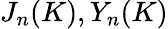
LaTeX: J_{n}(K),Y_{n}(K)